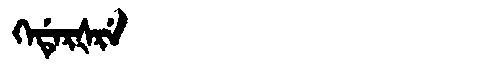
Manchu: ᡴᡝᡩᡝᡵᡧᡵᡝ
Romanization: KEDERŠRE